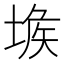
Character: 𡎇